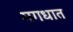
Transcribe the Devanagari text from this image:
मगधात